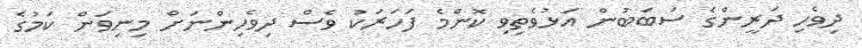
ދިވެހި ދަރީންގެ ސަބަބުން އަޅުވެތިވި ކޮންމެ ފަހަރަކު ވެސް ދިވެހިންނަށް މިނިވަން ކަމުގެ